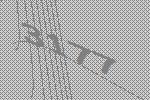
3177